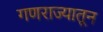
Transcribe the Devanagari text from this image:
गणराज्यातून